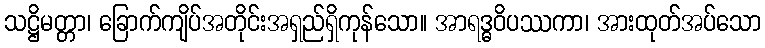
သဋ္ဌိမတ္တာ၊ ခြောက်ကျိပ်အတိုင်းအရှည်ရှိကုန်သော။ အာရဒ္ဓဝိပဿကာ၊ အားထုတ်အပ်သော